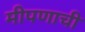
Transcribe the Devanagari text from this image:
मीपणाची